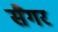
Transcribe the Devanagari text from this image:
सैगर